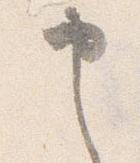
申